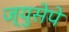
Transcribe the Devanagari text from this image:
ज्युसेपे